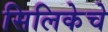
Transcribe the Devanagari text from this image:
सिलिकेचे